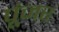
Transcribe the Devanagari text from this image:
पूंजर